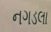
નગડલા